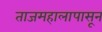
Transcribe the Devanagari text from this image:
ताजमहालापासून